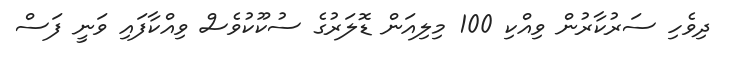
ދިވެހި ސަރުކާރުން ވިއްކި 100 މިލިއަން ޑޮލަރުގެ ސުކޫކުވެސް ވިއްކާފައި ވަނީ ފަސް